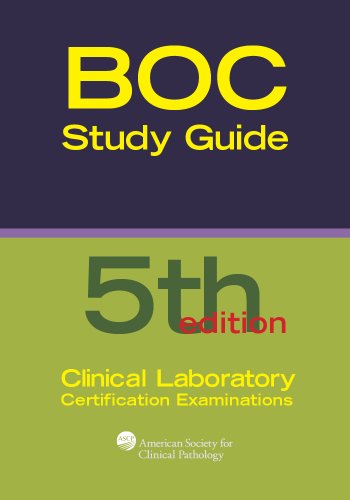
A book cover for Board of Certification Study Guide for Clinical Laboratory Certification Examinations, 5th Edition (BOR Study Guides); Patricia Tanabe; Test Preparation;